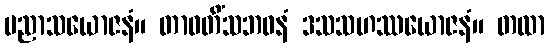
ပညာသယောဇနံ။ တာဝတိံသဘဝနံ ဒသသဟဿယောဇနံ။ တထာ